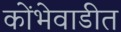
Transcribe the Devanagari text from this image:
कोंभेवाडीत